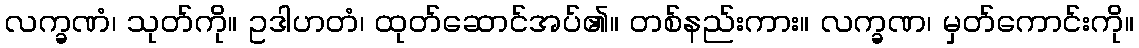
လက္ခဏံ၊ သုတ်ကို။ ဥဒါဟတံ၊ ထုတ်ဆောင်အပ်၏။ တစ်နည်းကား။ လက္ခဏ၊ မှတ်ကောင်းကို။